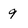
Character: 9